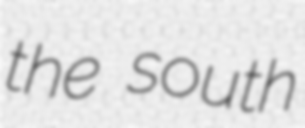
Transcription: the south